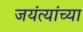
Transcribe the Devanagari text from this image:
जयंत्यांच्या